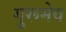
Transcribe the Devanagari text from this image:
गुरूमेव